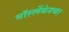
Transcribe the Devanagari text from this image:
मॉर्स्लेबेनचा